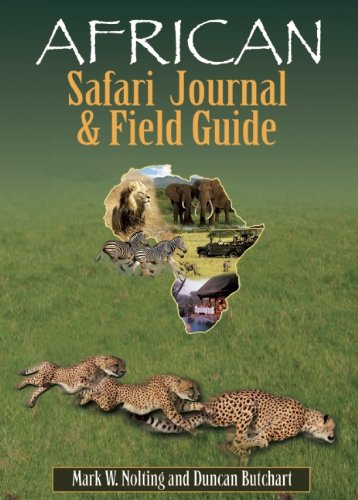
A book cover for African Safari Journal and Field Guide: A Wildlife Guide, Trip Organizer, Map Directory, Safari Directory, Phrase Book, Safari Diary and Wildlife Checklist - All-in-One; Mark W. Nolting; Travel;